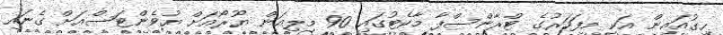
ހިގުއައިން އަކީ މިފަހަރުގެ ޓްރާންސްފާ މާކެޓުގައި 90 މިލިއަން ޔޫރޯއަށް ޔުވެންޓަސްއަށް ގެނައި